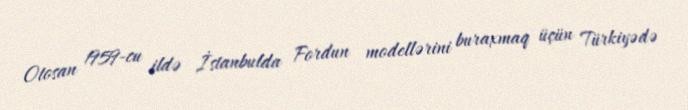
Otosan 1959-cu ildə İstanbulda Fordun modellərini buraxmaq üçün Türkiyədə